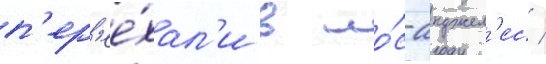
п'ер'ее́хал'и в ло́с-анджел'ес /